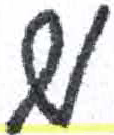
אות: מ